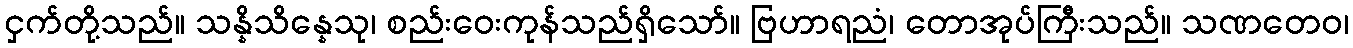
ငှက်တို့သည်။ သန္နိသိန္နေသု၊ စည်းဝေးကုန်သည်ရှိသော်။ ဗြဟာရညံ၊ တောအုပ်ကြီးသည်။ သဏတေဝ၊